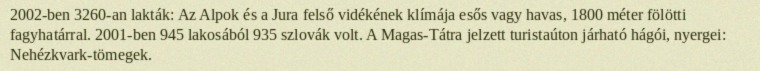
2002-ben 3260-an lakták: Az Alpok és a Jura felső vidékének klímája esős vagy havas, 1800 méter fölötti fagyhatárral. 2001-ben 945 lakosából 935 szlovák volt. A Magas-Tátra jelzett turistaúton járható hágói, nyergei: Nehézkvark-tömegek.